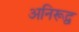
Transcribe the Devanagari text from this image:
अनिरूद्व